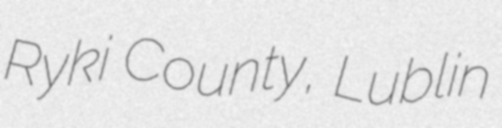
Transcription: Ryki County, Lublin